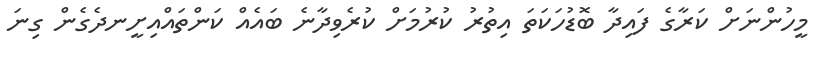
މީހުންނަށް ކަރާގެ ފައިދާ ބޮޑުހަކަތަ އިތުރު ކުރުމަށް ކުރެވިދާނެ ބައެއް ކަންތައްއިށީނދެގެން ގިނަ